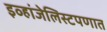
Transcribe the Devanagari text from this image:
इव्हांजेलिस्टपणात